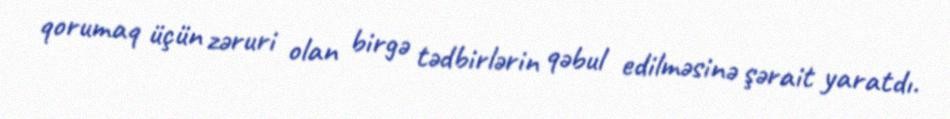
qorumaq üçün zəruri olan birgə tədbirlərin qəbul edilməsinə şərait yaratdı.